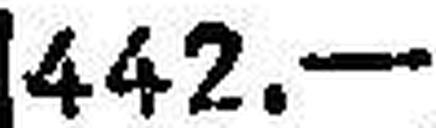
442.—